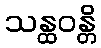
သန္ထဝန္တိ